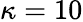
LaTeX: \kappa=10